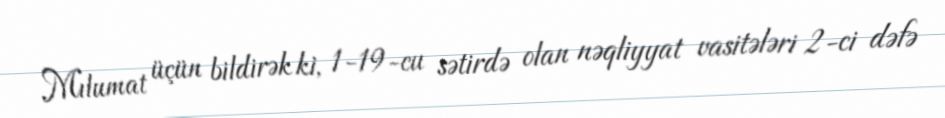
Mılumat üçün bildirək ki, 1-19-cu sətirdə olan nəqliyyat vasitələri 2-ci dəfə